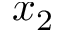
x _ { 2 }